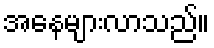
အနေများလာသည်။